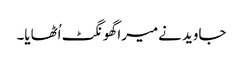
جاوید نےمیرا گھونگٹ اُٹھایا۔